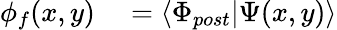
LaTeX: \begin{array}{rl}{\phi_{f}(x,y)}&{{}=\langle\Phi_{post}|\Psi(x,y)\rangle}\end{array}